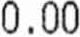
0.00